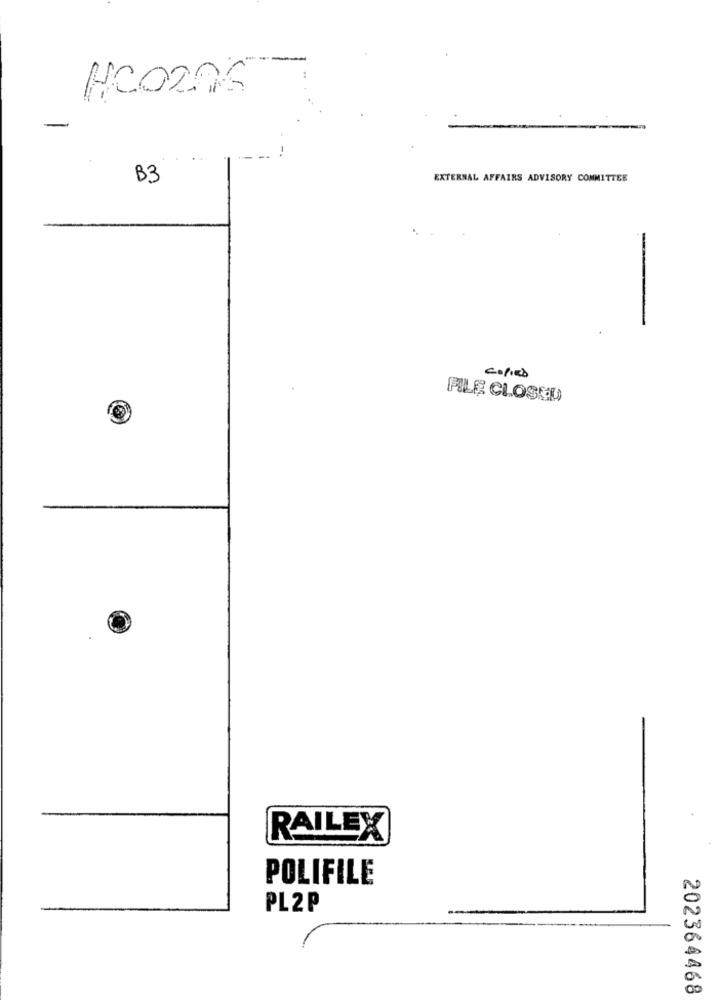
HCO205
B3
EXTERNAL AFFAIRS ADVISORY COMMITTEE
copies
FILE CLOSED
RAILEX
POLIFILE
PL2P
202364468